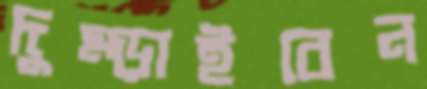
দুম্‌ড়াইবেন